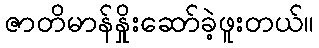
ဇာတိမာန်နှိုးဆော်ခဲ့ဖူးတယ်။